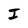
Character: I